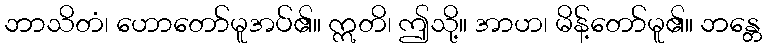
ဘာသိတံ၊ ဟောတော်မူအပ်၏။ ဣတိ၊ ဤသို့။ အာဟ၊ မိန့်တော်မူ၏။ ဘန္တေ